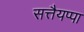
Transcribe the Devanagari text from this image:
सत्तैयप्पा